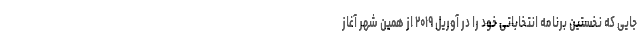
جایی که نخستین برنامه انتخاباتی خود را در آوریل ۲۰۱۹ از همین شهر آغاز